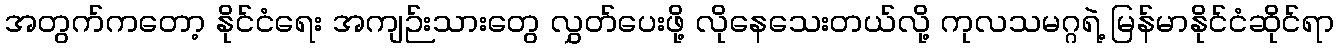
အတွက်ကတော့ နိုင်ငံရေး အကျဉ်းသားတွေ လွှတ်ပေးဖို့ လိုနေသေးတယ်လို့ ကုလသမဂ္ဂရဲ့ မြန်မာနိုင်ငံဆိုင်ရာ